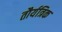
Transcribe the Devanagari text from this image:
तौर्यत्रिक